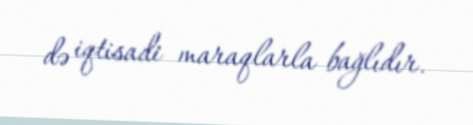
də iqtisadi maraqlarla bağlıdır.